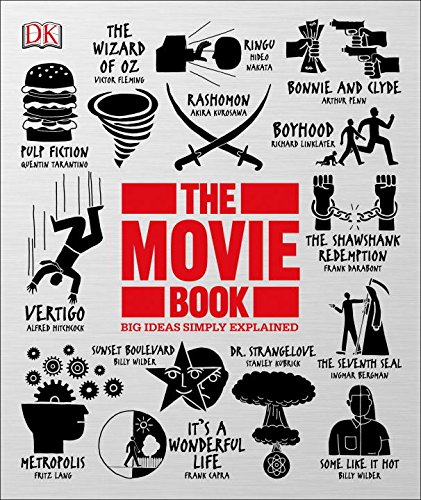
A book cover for The Movie Book (Big Ideas Simply Explained); DK; Humor & Entertainment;